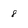
Character: 8